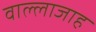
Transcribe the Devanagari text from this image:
वाल्लाजाह